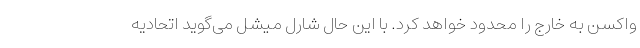
واکسن به خارج را محدود خواهد کرد. با این حال شارل میشل می‌گوید اتحادیه